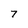
Character: 7